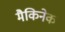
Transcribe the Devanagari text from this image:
मैकिनेक